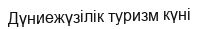
Дүниежүзілік туризм күні